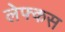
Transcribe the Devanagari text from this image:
लेफ्कस